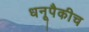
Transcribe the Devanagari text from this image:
धनूपैकीच